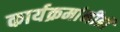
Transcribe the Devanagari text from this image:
कार्यक्रमांनीही